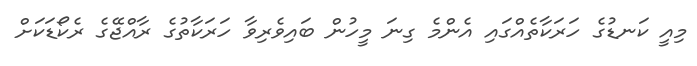
މިއީ ކަނޑުގެ ހަރަކާތެއްގައި އެންމެ ގިނަ މީހުން ބައިވެރިވާ ހަރަކާތުގެ ރާއްޖޭގެ ރެކޯޑަކަށް